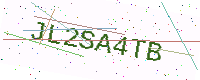
Text: JL2SA4TB